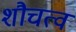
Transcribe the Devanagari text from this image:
शौचत्व